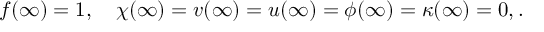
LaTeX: f ( \infty ) = 1 , \quad \chi ( \infty ) = v ( \infty ) = u ( \infty ) = \phi ( \infty ) = \kappa ( \infty ) = 0 , .